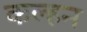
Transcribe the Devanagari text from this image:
कल्हन